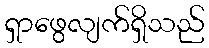
ရှာဖွေလျက်ရှိသည်